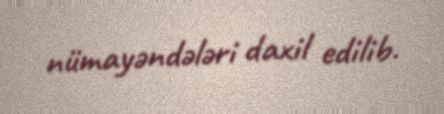
nümayəndələri daxil edilib.